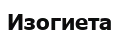
Изогиета